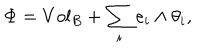
\Phi = V o l _ { B } + \sum _ { i } e _ { i } \wedge \theta _ { i } ,